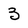
Character: 3